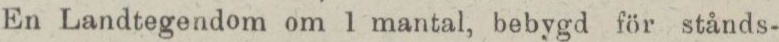
En Landtegendom om 1 mantal, bebygd för stånds-